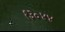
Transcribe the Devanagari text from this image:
१३०४४